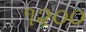
૧૨૦૦